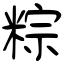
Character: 粽